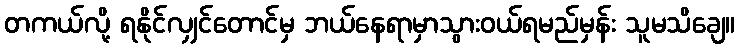
တကယ်လို့ ရနိုင်လျှင်တောင်မှ ဘယ်နေရာမှာသွားဝယ်ရမည်မှန်း သူမသိချေ။